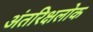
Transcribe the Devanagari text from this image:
अंतरिक्षलोक